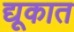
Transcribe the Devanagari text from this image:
द्यूकात